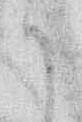
か